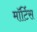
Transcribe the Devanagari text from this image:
मॉर्टिस